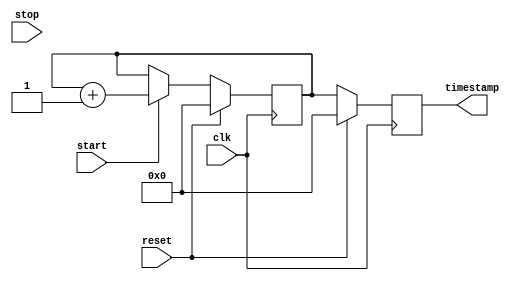
module TimeStampingTimer (
    input wire clk,
    input wire start,
    input wire stop,
    input wire reset,
    output reg [31:0] timestamp
);

reg [31:0] timer_reg;

always @(posedge clk) begin
    if (reset) begin
        timer_reg <= 32'h0;
    end else if (start) begin
        timer_reg <= timer_reg + 1;
    end else if (stop) begin
        timer_reg <= timer_reg;
    end
end

always @(posedge clk) begin
    if (reset) begin
        timestamp <= 32'h0;
    end else begin
        timestamp <= timer_reg;
    end
end

endmodule